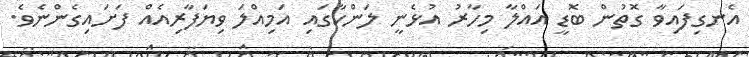
އެނގިފައިވާ ގޮތުން ބޮޑީ އައްލާ މިހާރު އުޅެނީ ލަންކާގައި އަމިއްލަ ވިޔަފާރިއެއް ފަށައިގެންނެވެ.